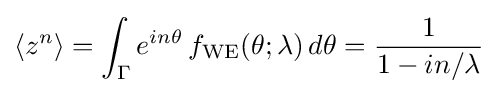
\langle z^{n}\rangle =\int _{\Gamma }e^{in\theta }\,f_{\text{WE}}(\theta ;\lambda )\,d\theta ={\frac {1}{1-in/\lambda }}